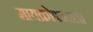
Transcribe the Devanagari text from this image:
मायक्रोफायला